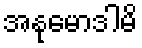
အနုမောဒါမိ